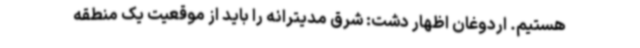
هستیم. اردوغان اظهار دشت: شرق مدیترانه را باید از موقعیت یک منطقه